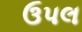
ઉપલ